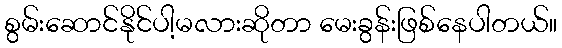
စွမ်းဆောင်နိုင်ပါ့မလားဆိုတာ မေးခွန်းဖြစ်နေပါတယ်။